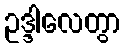
ဥဒ္ဒါလေတွာ